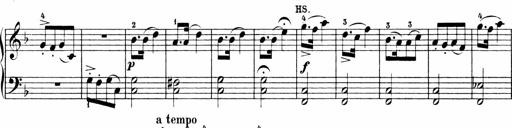
Title: Sonatinen Op.47, 98 und 136, nebst 6 Liedersonatinen
Composer: Carl Reinecke